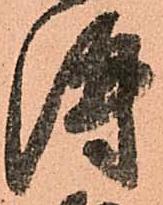
得